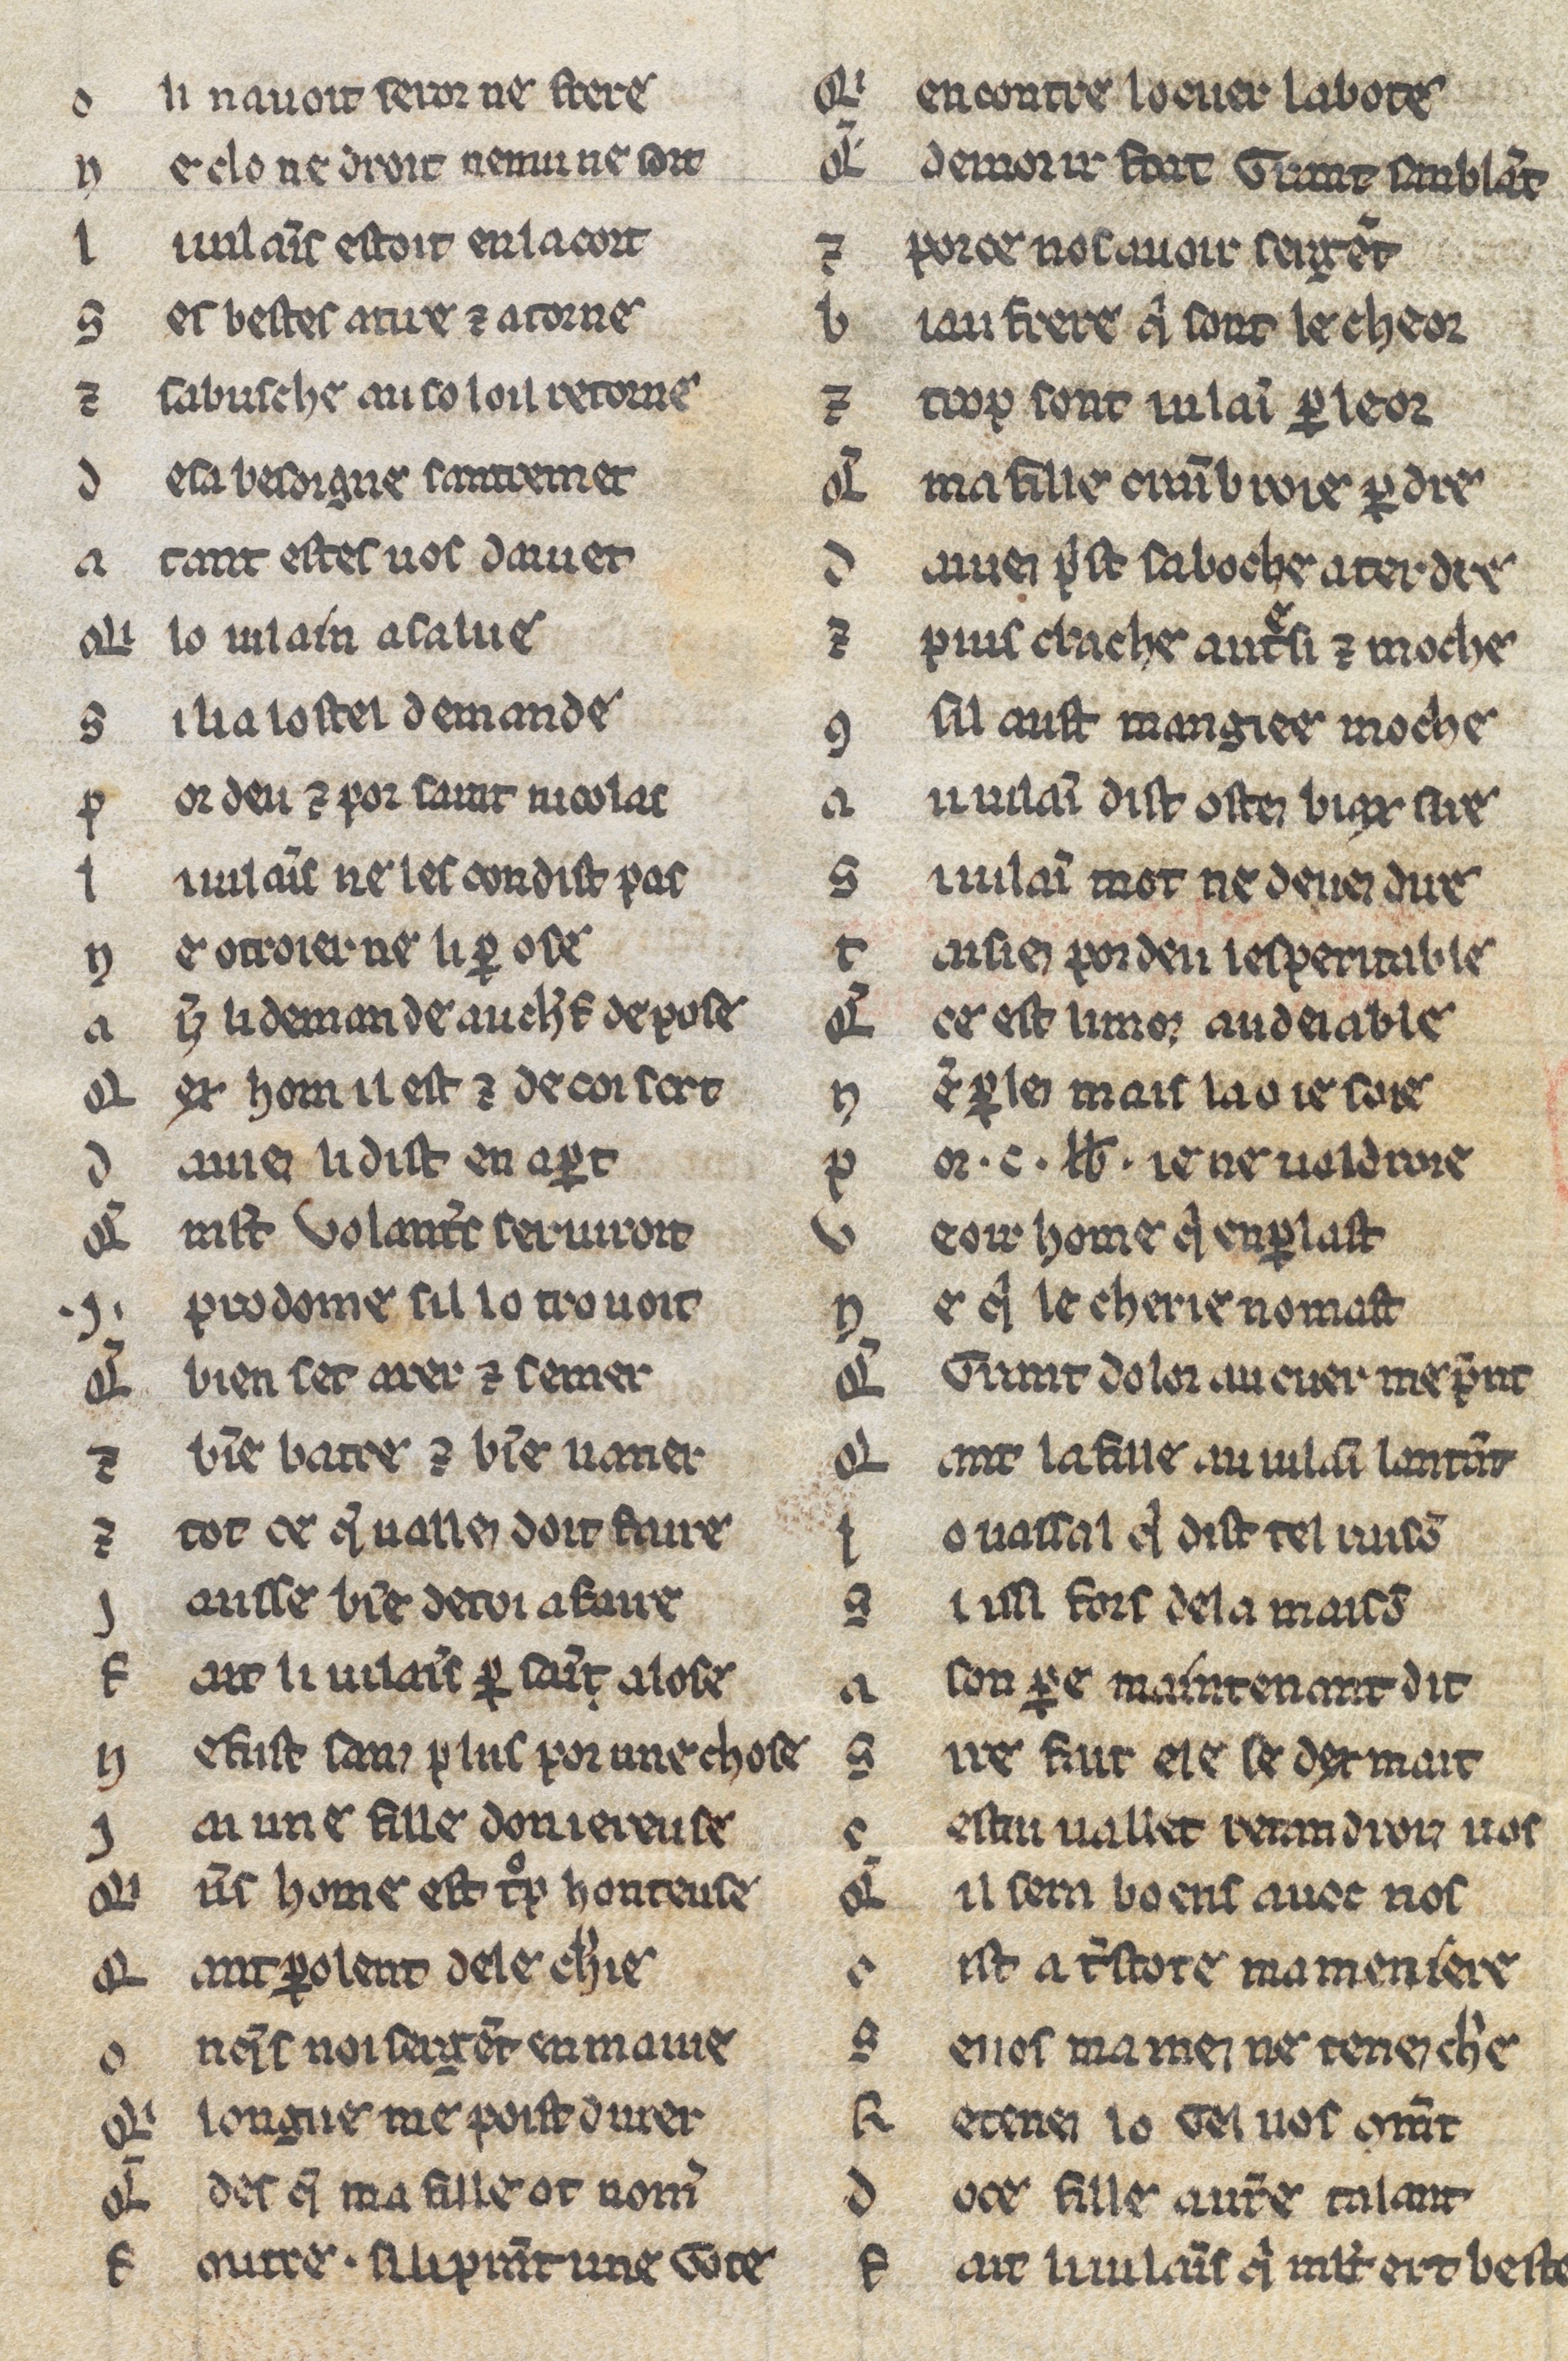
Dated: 1225–1249